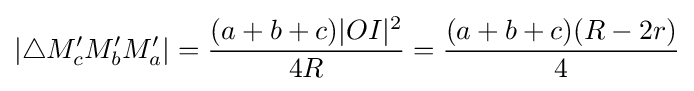
|\triangle M_{c}^{\prime }M_{b}^{\prime }M_{a}^{\prime }|={\frac {(a+b+c)|OI|^{2}}{4R}}={\frac {(a+b+c)(R-2r)}{4}}